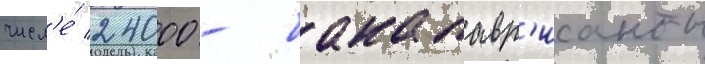
числ'е́ 24000 - бакалавр'ианты